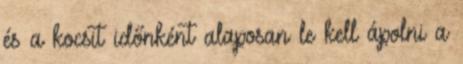
és a kocsit időnként alaposan le kell ápolni a